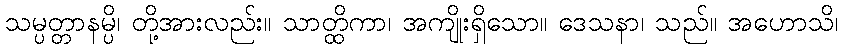
သမ္ပတ္တာနမ္ပိ၊ တို့အားလည်း။ သာတ္ထိကာ၊ အကျိုးရှိသော။ ဒေသနာ၊ သည်။ အဟောသိ၊